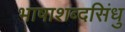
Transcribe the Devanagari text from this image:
भाषाशब्दसिंधु